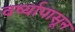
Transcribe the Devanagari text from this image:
वर्ष्यापासून